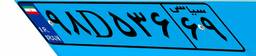
۹۸D۵۳۶۶۹